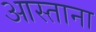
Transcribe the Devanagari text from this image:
आस्ताना